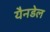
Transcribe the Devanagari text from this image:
यैनडेल